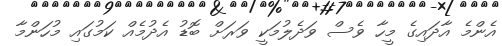
އެންމެ އާދައިގެ މީހާ ވެސް ވަދެލުމަކީ ވަރަށް ބޮޑު އެދުމެއް ކަމުގައި މުހަންމާ